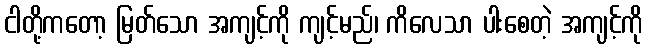
ငါတို့ကတော့ မြတ်သော အကျင့်ကို ကျင့်မည်၊ ကိလေသာ ပါးစေတဲ့ အကျင့်ကို